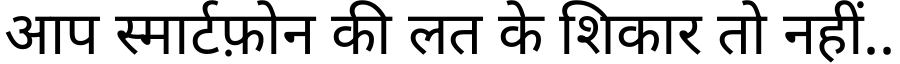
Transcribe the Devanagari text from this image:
आप स्मार्टफ़ोन की लत के शिकार तो नहीं..